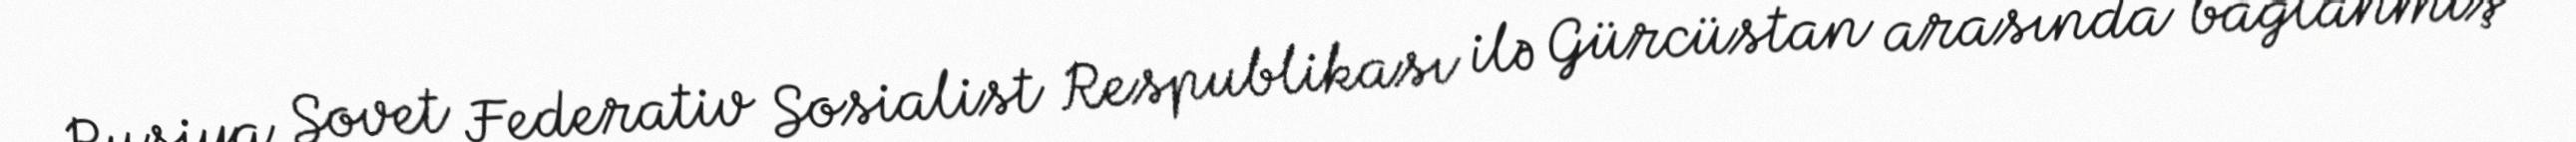
Rusiya Sovet Federativ Sosialist Respublikası ilə Gürcüstan arasında bağlanmış